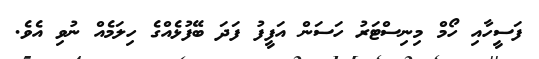
ފަސީހާއި ހޯމް މިނިސްޓަރު ހަސަން އަފީފު ފަދަ ބޭފުޅެއްގެ ހިލަމެއް ނުވި އެވެ.